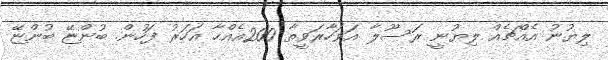
ލިޔުނު އެއްޗެއް ލިޔުނީ ރަސޫލާ އަވަހާރަވީތާ 200އެއްހާ އަހަރު ފަހުން. ބުންޏޭ ބުންޏޭ